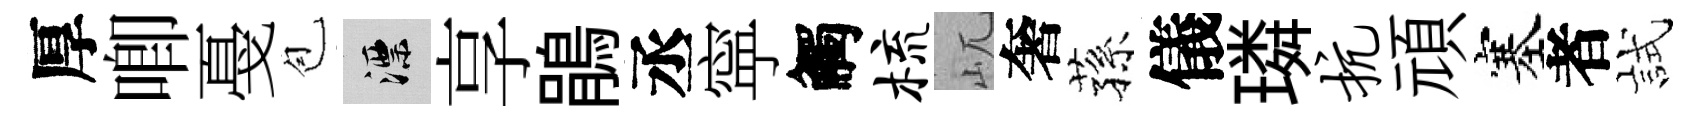
厚唧戞苞漂享鵑丞寜觸梳屼奢蓀儀璘抗頑塞者試